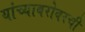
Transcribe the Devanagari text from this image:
यांच्याबरोबरची